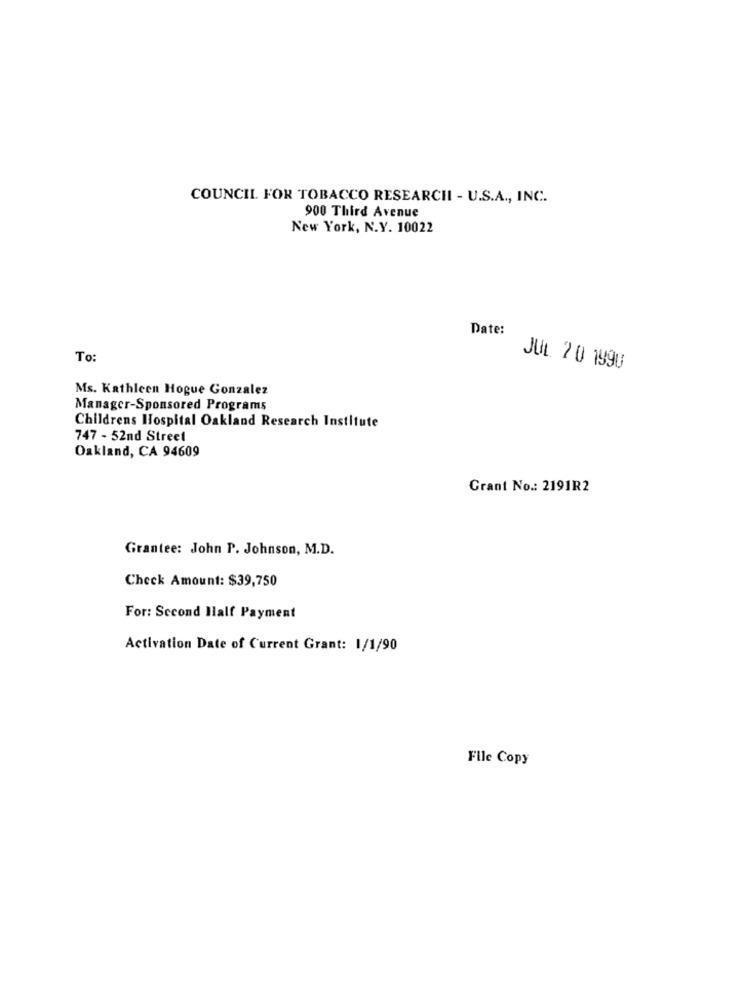
COUNCIL FOR TOBACCO RESEARCHI - U.S.A ., INC.
900 Third Avenue
New York, N.Y. 10022
Date:
To:
JUL 20 1990
Ms. Kathleen Hogue Gonzalez
Manager-Sponsored Programs
Childrens Hospital Oakland Research Institute
747 - 52nd Street
Oakland, CA 94609
Grant No .: 2191R2
Grantee: John P. Johnson, M.D.
Check Amount: $39,750
For: Second Half Payment
Activation Date of Current Grant: 1/1/90
File Copy